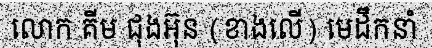
លោក គីម ជុងអ៊ុន (ខាងលើ) មេដឹកនាំ